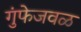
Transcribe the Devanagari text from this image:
गुंफेजवळ